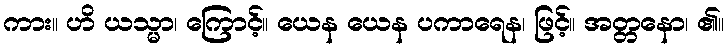
ကား။ ဟိ ယသ္မာ၊ ကြောင့်။ ယေန ယေန ပကာရေန၊ ဖြင့်။ အတ္တနော၊ ၏။